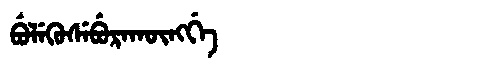
Manchu: ᠪᡠᠯᡝᡴᡠᠰᡝᠪᡠᡵᠠᡴᡡᠩᡤᡝ
Romanization: BULEKUSEBURAKŪNGGE